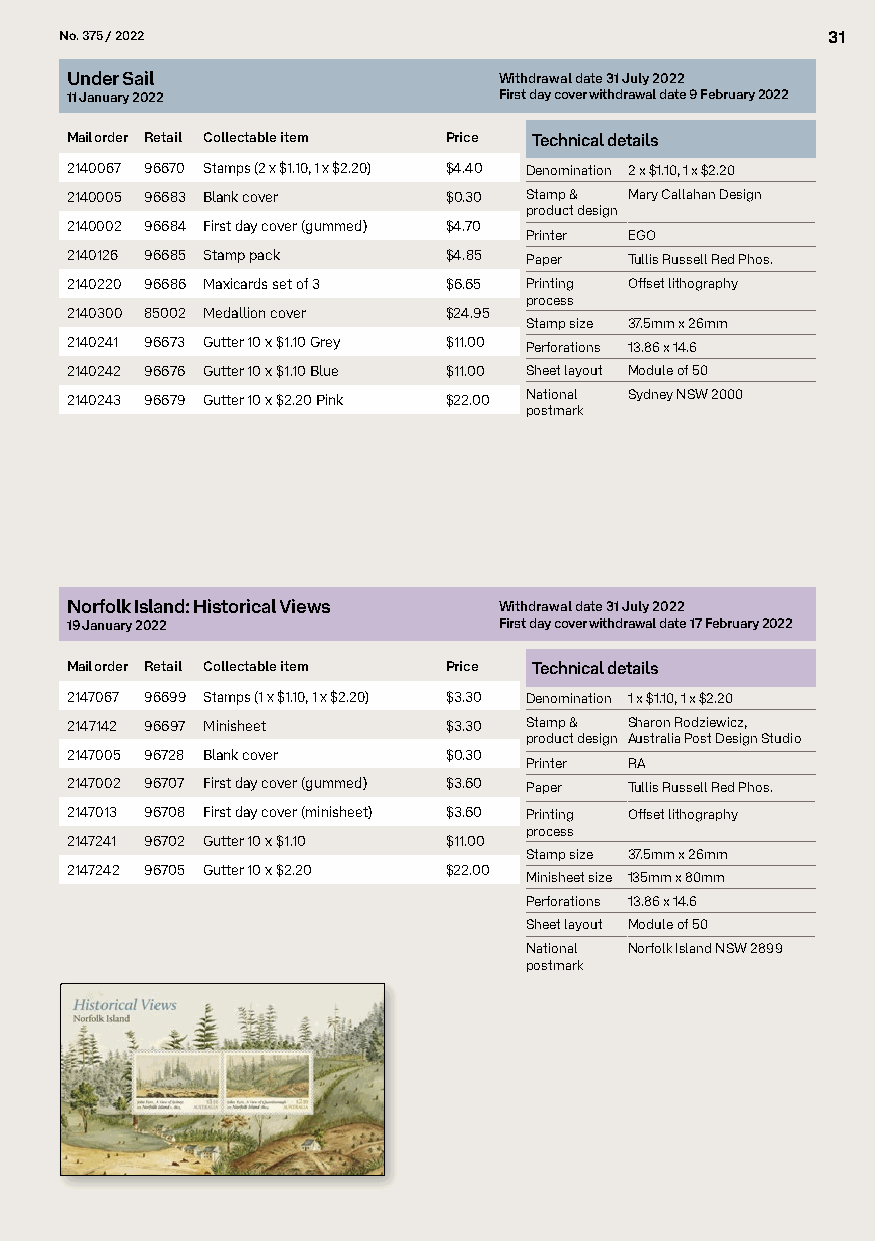
No. 375 / 2022                                     31
 Under Sail                   Withdrawal date 31 July 2022
 11 January 2022              First day cover withdrawal date 9 February 2022
 Mail order Retail Collectable item Price Technical details
 2140067 96670 Stamps (2 x $1.10, 1 x $2.20) $4.40 Denomination 2 x $1.10, 1 x $2.20
 2140005 96683 Blank cover $0.30 Stamp & Mary Callahan Design
 product design
 2140002 96684 First day cover (gummed) $4.70
 Printer EGO
 2140126 96685 Stamp pack $4.85 Paper  Tullis Russell Red Phos.
 2140220 96686 Maxicards set of 3 $6.65 Printing Offset lithography
 process
 2140300 85002 Medallion cover $24.95
 Stamp size 37.5mm x 26mm
 2140241 96673 Gutter 10 x $1.10 Grey $11.00 Perforations 13.86 x 14.6
 2140242 96676 Gutter 10 x $1.10 Blue $11.00 Sheet layout Module of 50
 2140243 96679 Gutter 10 x $2.20 Pink $22.00 National Sydney NSW 2000
 postmark
 Norfolk Island: Historical Views Withdrawal date 31 July 2022
 19 January 2022              First day cover withdrawal date 17 February 2022
 Mail order Retail Collectable item Price Technical details
 2147067 96699 Stamps (1 x $1.10, 1 x $2.20) $3.30 Denomination 1 x $1.10, 1 x $2.20
 2147142 96697 Minisheet  $3.30 Stamp & Sharon Rodziewicz,
 product design Australia Post Design Studio
 2147005 96728 Blank cover $0.30
 Printer RA
 2147002 96707 First day cover (gummed) $3.60 Paper Tullis Russell Red Phos.
 2147013 96708 First day cover (minisheet) $3.60 Printing Offset lithography
 process
 2147241 96702 Gutter 10 x $1.10 $11.00
 Stamp size 37.5mm x 26mm
 2147242 96705 Gutter 10 x $2.20 $22.00
 Minisheet size 135mm x 80mm
 Perforations 13.86 x 14.6
 Sheet layout Module of 50
 National Norfolk Island NSW 2899
 postmark